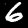
Label: 6